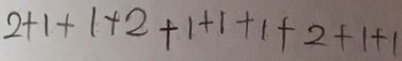
2 + 1 + 1 + 2 + 1 + 1 + 1 + 2 + 1 + 1